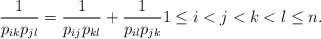
\begin{gather*}{1 \over p_{ik} p_{jl}}={1 \over p_{ij} p_{kl}}+{1 \over p_{il} p_{jk}} 1 \le i <j < k < l \le n.\end{gather*}